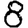
Digit: 8